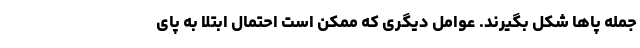
جمله پاها شکل بگیرند. عوامل دیگری که ممکن است احتمال ابتلا به پای